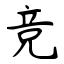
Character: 竞